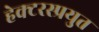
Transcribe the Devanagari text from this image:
हेक्टरस्प्रयुत